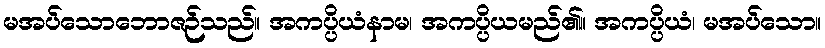
မအပ်သောဘောဇဉ်သည်။ အကပ္ပိယံနာမ၊ အကပ္ပိယမည်၏။ အကပ္ပိယံ၊ မအပ်သော။